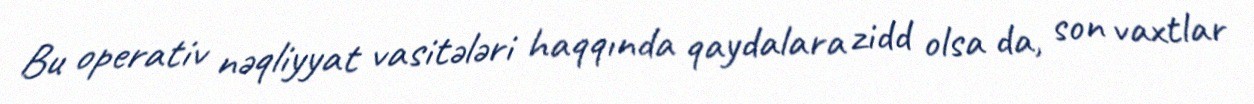
Bu operativ nəqliyyat vasitələri haqqında qaydalara zidd olsa da, son vaxtlar